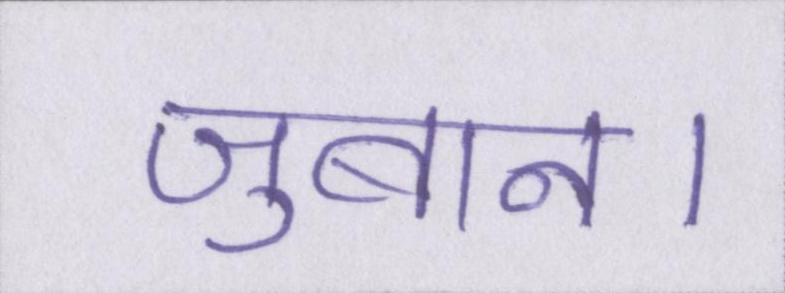
जुबान।